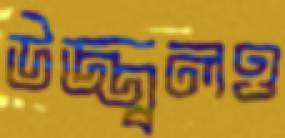
উজ্জ্বলও